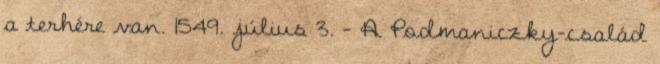
a terhére van. 1549. július 3. – A Podmaniczky-család